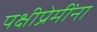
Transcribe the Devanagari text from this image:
पक्षीप्रेमींना